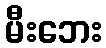
မီးဘေး